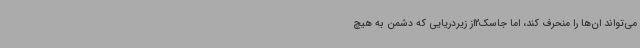
می‌تواند ان‌ها را منحرف کند، اما جاسک2از زیردریایی که دشمن به هیچ